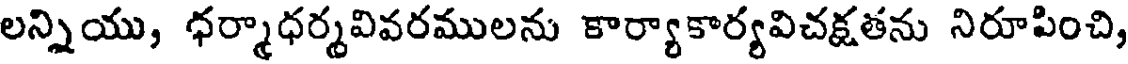
లన్నియు, ధర్మాధర్మవివరములను కార్యాకార్యవిచక్షతను నిరూపించి,